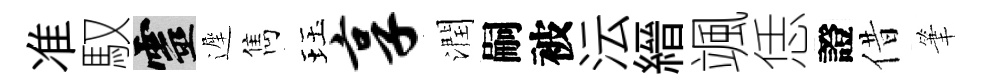
准馭靈遲雋珏享潤嗣被沄縉颯恁證借筆